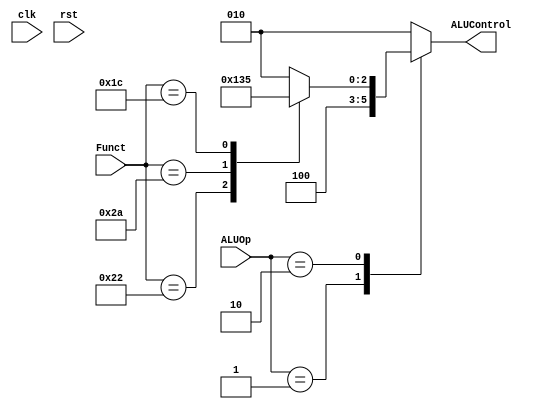
module ALU_Decoder #(
    parameter Rtypr_Funct_Size='d6,ALU_Decoder_Size='d3
) (
    input  wire [Rtypr_Funct_Size-1:0]              Funct   ,
    input  wire [1:0]                               ALUOp   ,
    input  wire                                     clk     ,
    input  wire                                     rst     ,
    output reg [ALU_Decoder_Size-1:0]                ALUControl
);
    always @(*) begin
        case (ALUOp)
            'b00: ALUControl='b010;
            'b01: ALUControl='b100;
            'b10: begin
                case (Funct)
                    6'b100000: ALUControl='b010;
                    6'b100010: ALUControl='b100;
                    6'b101010: ALUControl='b110;
                    6'b011100: ALUControl='b101;

                    default: ALUControl='b010;
                endcase
            end
            default: ALUControl='b010;
        endcase
        
    end
endmodule